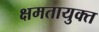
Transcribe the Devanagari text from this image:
क्षमतायुक्त